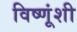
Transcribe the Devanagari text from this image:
विष्णूंशी